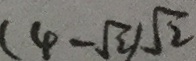
( 4 - \sqrt { 2 } ) \sqrt { 2 }